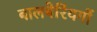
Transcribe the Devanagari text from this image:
बालबेरिंयगों